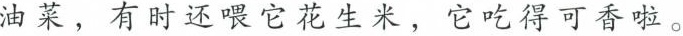
油菜，有时还喂它花生米，它吃得可香啦。